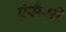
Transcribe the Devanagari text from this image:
ऐसैसी